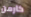
كارمن